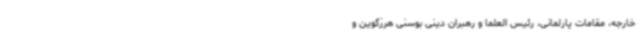
خارجه، مقامات پارلمانی، رئیس العلما و رهبران دینی بوسنی هرزگوین و